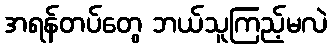
အရန်တပ်တွေ ဘယ်သူကြည့်မလဲ